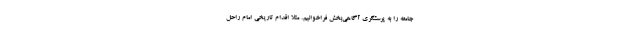
جامعه را به پرسشگری آگاهی‌بخش فراخوانیم. مثلا اقدام تاریخی امام راحل